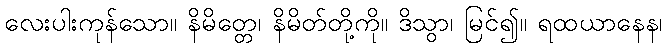
လေးပါးကုန်သော။ နိမိတ္တေ၊ နိမိတ်တို့ကို။ ဒိသွာ၊ မြင်၍။ ရထယာနေန၊